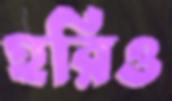
হরিও